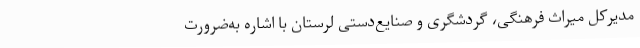
مدیرکل میراث فرهنگی، گردشگری و صنایع‌دستی لرستان با اشاره به‌ضرورت